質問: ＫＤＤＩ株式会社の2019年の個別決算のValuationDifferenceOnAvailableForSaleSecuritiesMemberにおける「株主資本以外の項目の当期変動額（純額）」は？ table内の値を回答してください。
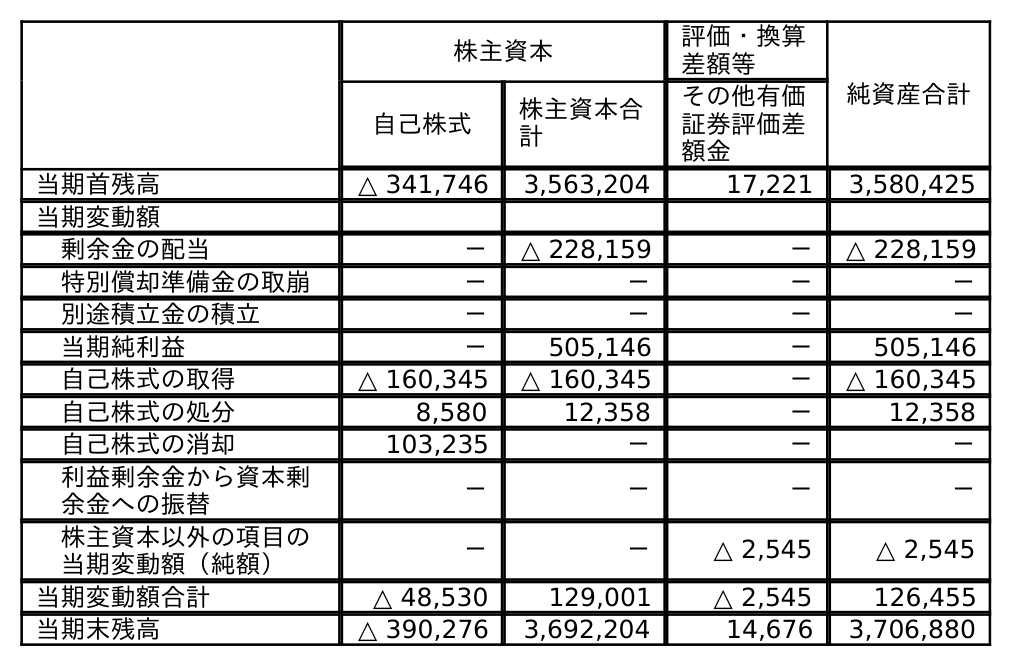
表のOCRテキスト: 株主資本 評価・換算 差額等 純資産合計 自己株式 株主資本合 計 その他有価 証券評価差 額金 当期首残高 △ 341,746 3,563,204 17,221 3,580,425 当期変動額 剰余金の配当 － △ 228,159 － △ 228,159 特別償却準備金の取崩 － － － － 別途積立金の積立 － － － － 当期純利益 － 505,146 － 505,146 自己株式の取得 △ 160,345 △ 160,345 － △ 160,345 自己株式の処分 8,580 12,358 － 12,358 自己株式の消却 103,235 － － － 利益剰余金から資本剰 余金への振替 － － － － 株主資本以外の項目の 当期変動額（純額） － － △ 2,545 △ 2,545 当期変動額合計 △ 48,530 129,001 △ 2,545 126,455 当期末残高 △ 390,276 3,692,204 14,676 3,706,880
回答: △2,545